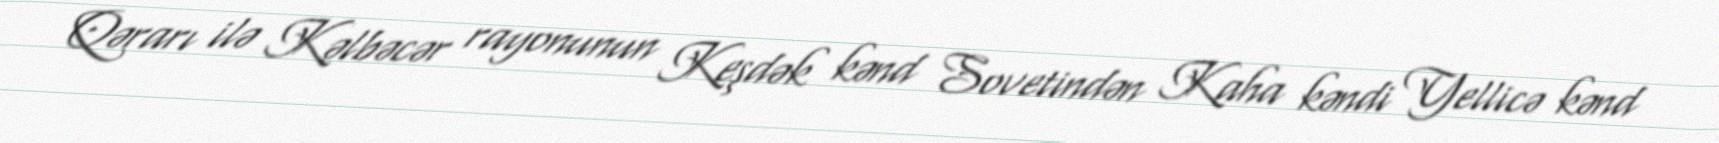
Qərarı ilə Kəlbəcər rayonunun Keşdək kənd Sovetindən Kaha kəndi Yellicə kənd